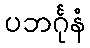
ပဘင်္ဂုနံ